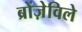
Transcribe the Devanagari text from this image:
ब्रोंज़ेविले